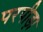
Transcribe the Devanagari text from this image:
परपीड़ा